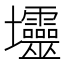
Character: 𱘟